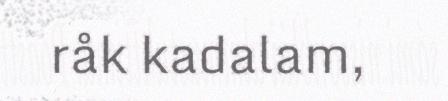
råk kadalam,